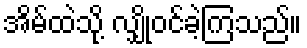
အိမ်ထဲသို့ လျှိုဝင်ခဲ့ကြသည်။